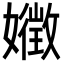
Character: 𭒧